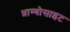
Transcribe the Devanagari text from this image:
थ्राम्बोसाइट